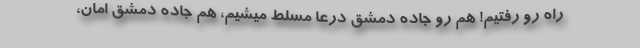
راه رو رفتیم! هم رو جاده دمشق درعا مسلط میشیم، هم جاده دمشق امان،